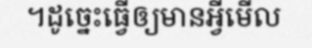
។ដូច្នេះធ្វើឲ្យមានអ្វីមើល